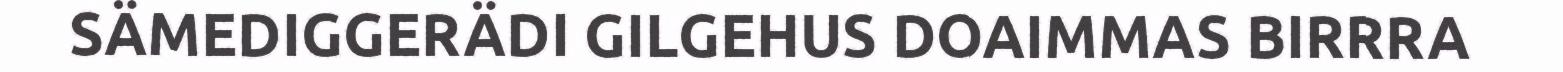
SÄMEDIGGERÄDI GILGEHUS DOAIMMAS BIRRRA